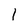
Character: 1